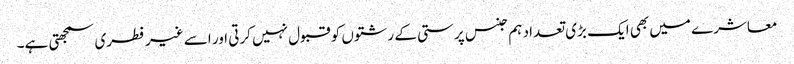
معاشرے میں بھی ایک بڑی تعداد ہم جنس پرستی کے رشتوں کو قبول نہیں کرتی اور اسے غیر فطری سمجھتی ہے۔